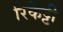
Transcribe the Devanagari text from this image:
रिकेट्टी